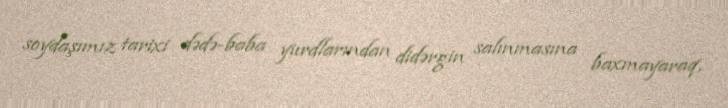
soydaşımız tarixi dədə-baba yurdlarından didərgin salınmasına baxmayaraq,